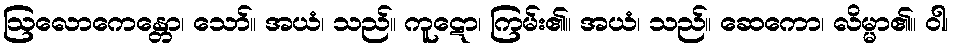
ဩလောကေန္တော၊ သော်။ အယံ၊ သည်။ ကူဋော၊ ကြမ်း၏။ အယံ၊ သည်။ ဆေကော၊ လိမ္မာ၏။ ဝါ၊